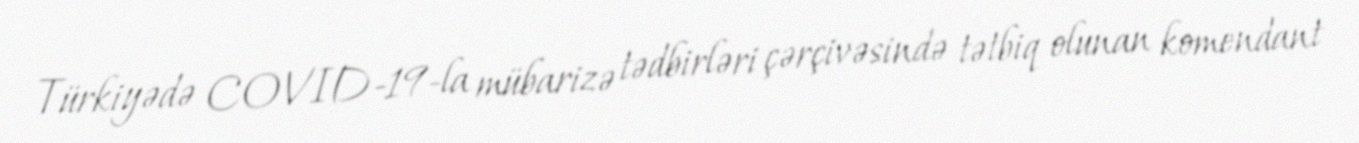
Türkiyədə COVID-19-la mübarizə tədbirləri çərçivəsində tətbiq olunan komendant